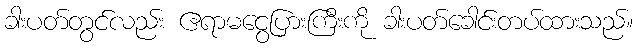
ခါးပတ်တွင်လည်း ဧရာမငွေပြားကြီးကို ခါးပတ်ခေါင်းတပ်ထားသည်။